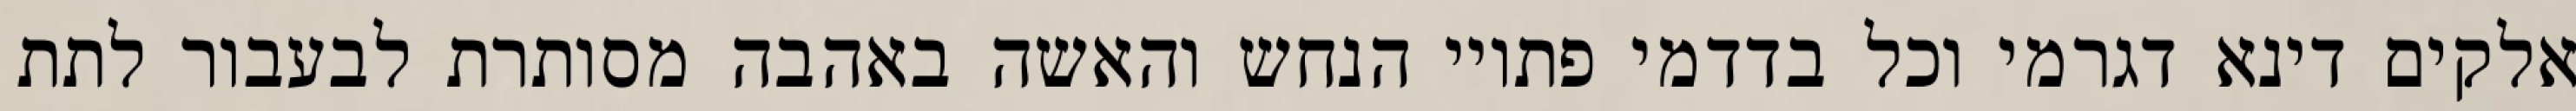
אלקים דינא דגרמי וכל בדדמי פתויי הנחש והאשה באהבה מסותרת לבעבור לתת